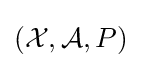
({\mathcal {X}},{\mathcal {A}},P)